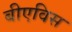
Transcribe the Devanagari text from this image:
बीएविस